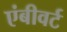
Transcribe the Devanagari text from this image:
एंबीवर्ट